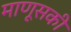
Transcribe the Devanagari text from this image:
माणूसकी